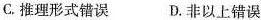
C.推理形式错误 D.非以上错误